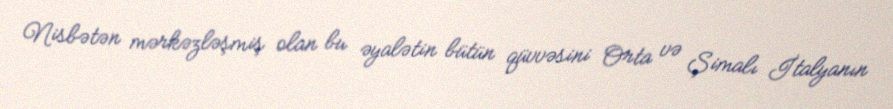
Nisbətən mərkəzləşmiş olan bu əyalətin bütün qüvvəsini Orta və Şimalı İtalyanın